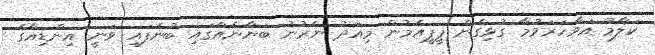
ކަލާމު އަވާހަރަވުމާ ގުޅިގެން ޕީޕީއެމުން މިއަދު ނެރުނު ބަޔާނެއްގައި ބުނެފައި ވަނީ އިންޑިއާގެ